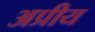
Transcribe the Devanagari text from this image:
अप्रीय